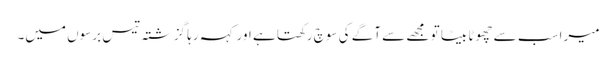
میرا سب سے چھوٹا بیٹا تو مجھے سے آگے کی سوچ رکھتا ہے اور کہہ رہا گزشتہ تیس برسوں میں۔